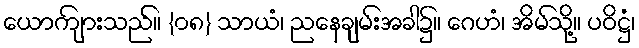
ယောကျ်ားသည်။ {၀၈} သာယံ၊ ညနေချမ်းအခါ၌။ ဂေဟံ၊ အိမ်သို့။ ပဝိဋ္ဌံ၊